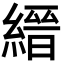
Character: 縉